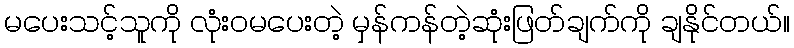
မပေးသင့်သူကို လုံးဝမပေးတဲ့ မှန်ကန်တဲ့ဆုံးဖြတ်ချက်ကို ချနိုင်တယ်။